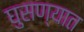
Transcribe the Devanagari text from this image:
घुसण्यात